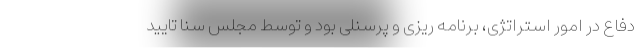
دفاع در امور استراتژی، برنامه ریزی و پرسنلی بود و توسط مجلس سنا تایید